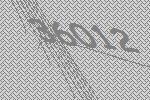
36012